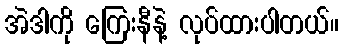
အဲဒါကို ကြေးနီနဲ့ လုပ်ထားပါတယ်။